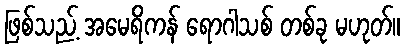
ဖြစ်သည့် အမေရိကန် ရောဂါသစ် တစ်ခု မဟုတ်။